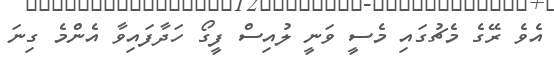
އެވެ ރޭގެ މެޗުގައި މެސީ ވަނީ ލުއިސް ފީގޯ ހަދާފައިވާ އެންމެ ގިނަ